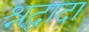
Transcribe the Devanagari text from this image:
श्रद्धादा